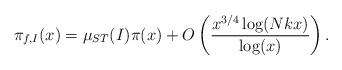
LaTeX: \begin{align*}\pi_{f,I}(x)=\mu_{ST}(I)\pi(x)+O\left(\frac{x^{3/4}\log(Nkx)}{\log(x)}\right).\end{align*}